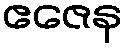
ဧဇေန